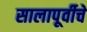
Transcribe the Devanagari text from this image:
सालापूर्वीचे